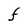
Character: F